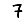
Digit: 7